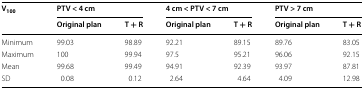
| <ROWSPAN=2> V100 | <COLSPAN=2> PTV < 4 cm | <COLSPAN=2> 4 cm < PTV < 7 cm | <COLSPAN=2> PTV > 7 cm |
 | Original plan | T + R | Original plan | T + R | Original plan | T + R |
 | --- | --- | --- | --- | --- | --- | --- |
 | Minimum | 99.03 | 98.89 | 92.21 | 89.15 | 89.76 | 83.05 |
 | Maximum | 100 | 99.94 | 97.5 | 95.21 | 96.06 | 92.15 |
 | Mean | 99.68 | 99.49 | 94.91 | 92.39 | 93.97 | 87.81 |
 | SD | 0.08 | 0.12 | 2.64 | 4.64 | 4.09 | 12.98 |